画像に写った文字を読んでください
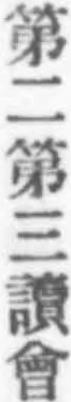
「第二第三讀會」と書いてあります